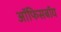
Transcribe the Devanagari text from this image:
ऑफिसबॉय